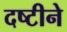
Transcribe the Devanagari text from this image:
दष्टीने